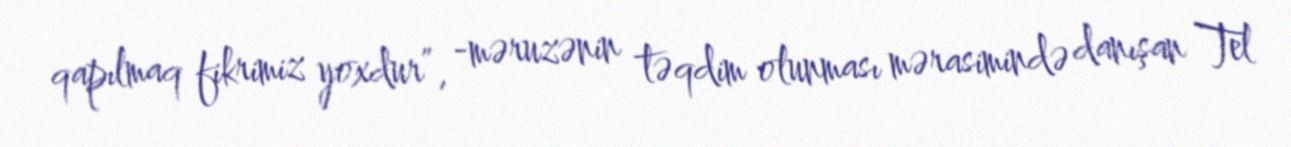
qapılmaq fikrimiz yoxdur”, -məruzənin təqdim olunması mərasimində danışan Tel